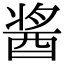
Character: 酱